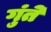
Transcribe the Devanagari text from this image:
गुंते